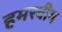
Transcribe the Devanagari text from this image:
हमरबीम